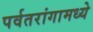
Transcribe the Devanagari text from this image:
पर्वतरांगामध्ये